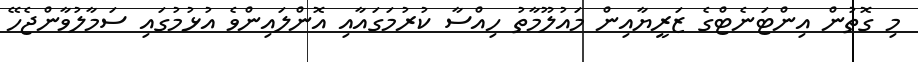
މި ގޮތުން އިންޓަނެޓްގެ ޒަރީޔާއިން މައުލޫމާތު ހިއްސާ ކުރުމަގައާއި އޮންލައިންވެ އުޅުމުގައި ސަމާލުވާންޖެހޭ